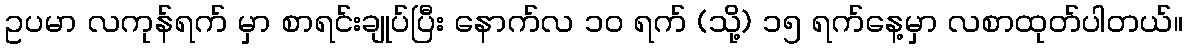
ဥပမာ လကုန်ရက် မှာ စာရင်းချုပ်ပြီး နောက်လ ၁၀ ရက် (သို့) ၁၅ ရက်နေ့မှာ လစာထုတ်ပါတယ်။